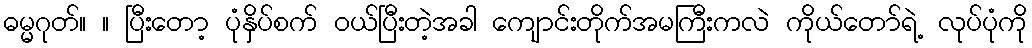
ဓမ္မဂုတ်။ ။ ပြီးတော့ ပုံနှိပ်စက် ဝယ်ပြီးတဲ့အခါ ကျောင်းတိုက်အမကြီးကလဲ ကိုယ်တော်ရဲ့ လုပ်ပုံကို